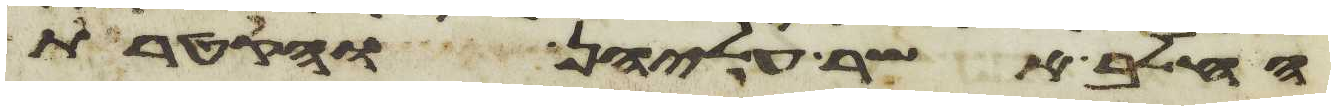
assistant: החלב אשר עליהן והקטרת